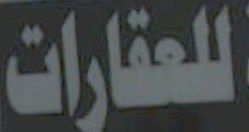
للعقارات